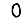
Digit: 0